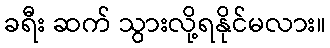
ခရီး ဆက် သွားလို့ရနိုင်မလား။